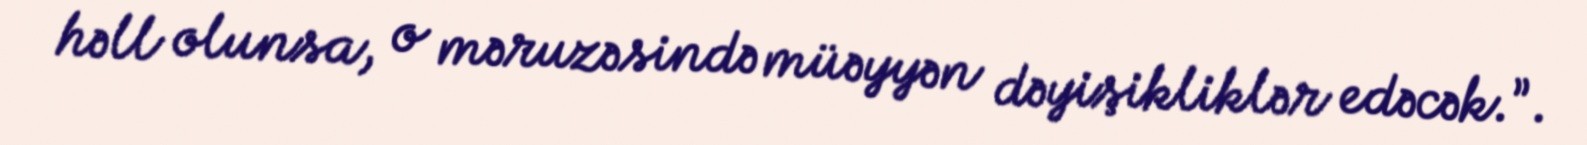
həll olunsa, o məruzəsində müəyyən dəyişikliklər edəcək.”.